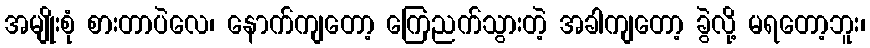
အမျိုးစုံ စားတာပဲလေ၊ နောက်ကျတော့ ကြေညက်သွားတဲ့ အခါကျတော့ ခွဲလို့ မရတော့ဘူး၊